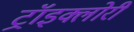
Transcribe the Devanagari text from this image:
ट्रॉइक्लोरी